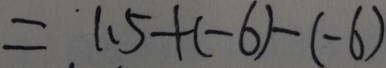
= 1 . 5 + ( - 6 ) - ( - 6 )